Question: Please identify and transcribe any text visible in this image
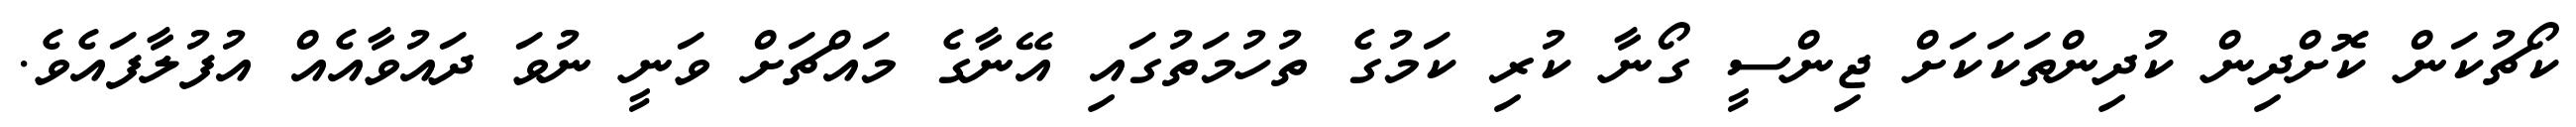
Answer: ކޯޗުކަން ކޮށްދިން ކުދިންތަކަކަށް ޖިންސީ ގޯނާ ކުރި ކަމުގެ ތުހުމަތުގައި އޭނާގެ މައްޗަށް ވަނީ ނުވަ ދައުވާއެއް އުފުލާފައެވެ.